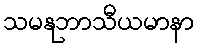
သမနုဘာသီယမာနာ